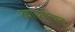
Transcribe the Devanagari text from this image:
व्यायोचित